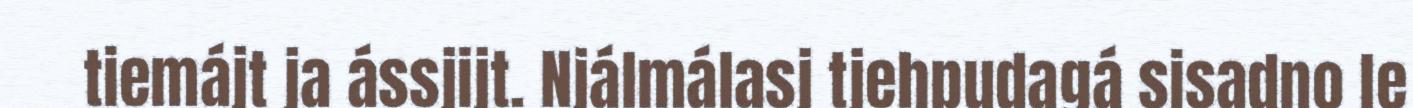
tiemájt ja ássjijt. Njálmálasj tjehpudagá sisadno le